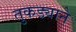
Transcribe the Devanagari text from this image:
तुकड्याने